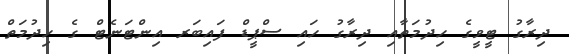
ދިރާގު ޓީވީގެ ހިދުމަތާއި ދިރާގު ހައި ސްޕީޑް ފައިބަރ އިންޓަނެޓް ގެ ހިދުމަތް